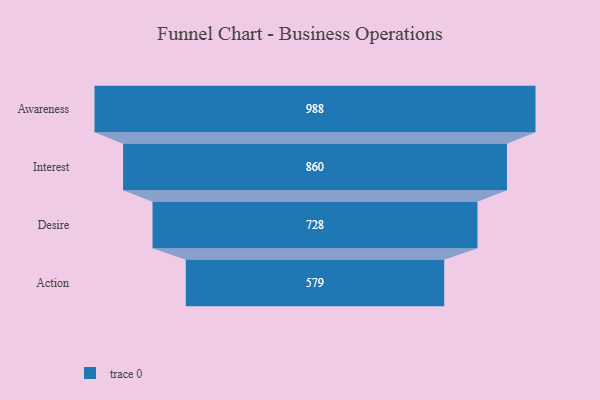
{"axis": {"x": "Stage", "y": "Value"}, "legend": [""], "data": [{"x": "Awareness", "y": 988.0, "type": ""}, {"x": "Interest", "y": 860.0, "type": ""}, {"x": "Desire", "y": 728.0, "type": ""}, {"x": "Action", "y": 579.0, "type": ""}]}